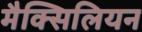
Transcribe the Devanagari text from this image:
मैक्सिलियन